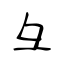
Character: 彑